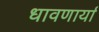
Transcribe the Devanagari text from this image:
धावणार्या